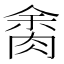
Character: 𦛝